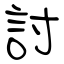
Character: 討